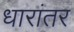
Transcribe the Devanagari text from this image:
धारांतर